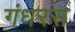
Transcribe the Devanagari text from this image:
गंधरस